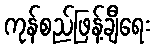
ကုန်စည်ဖြန့်ချီရေး